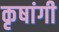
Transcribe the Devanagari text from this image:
कृषांगी